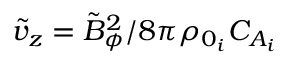
\tilde { v } _ { z } = \tilde { B } _ { \phi } ^ { 2 } / 8 \pi \rho _ { 0 _ { i } } C _ { A _ { i } }